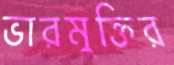
ভারমুক্তির